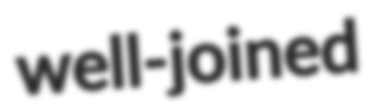
well-joined